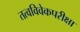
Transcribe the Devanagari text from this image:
तत्वविवेकपरीक्षा